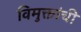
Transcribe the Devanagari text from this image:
विमुक्तांची